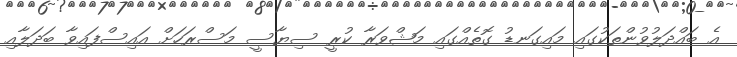
އެ ބައްދަލުވުންތަކުގައި މައިގަނޑު ގޮތެއްގައި މަޝްވަރާ ކުރީ ސިޔާސީ މަސްރަހަށް އައިސްފައިވާ ބަދަލާއި